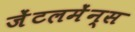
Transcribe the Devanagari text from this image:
जेंटलमेंन्स